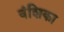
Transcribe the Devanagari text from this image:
वंशिका